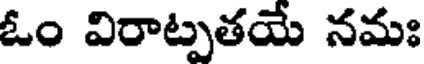
ఓం విరాట్పతయే నమః